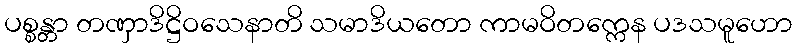
ပစ္စန္တာ တဏှာဒိဋ္ဌိဝသေနာတိ သမာဒိယတော ကာမဝိတက္ကေန ပဒသမူဟော